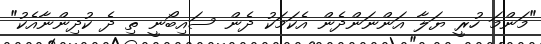
"މަންމަ ހުރީ ޔަލާ އަންނަންދެން އެކަމަކު ދެން ސައިބޯނީ ތި ދެ ކުދިންނާއެކު"